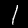
Digit: 1